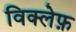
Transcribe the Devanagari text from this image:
विक्लेफ़